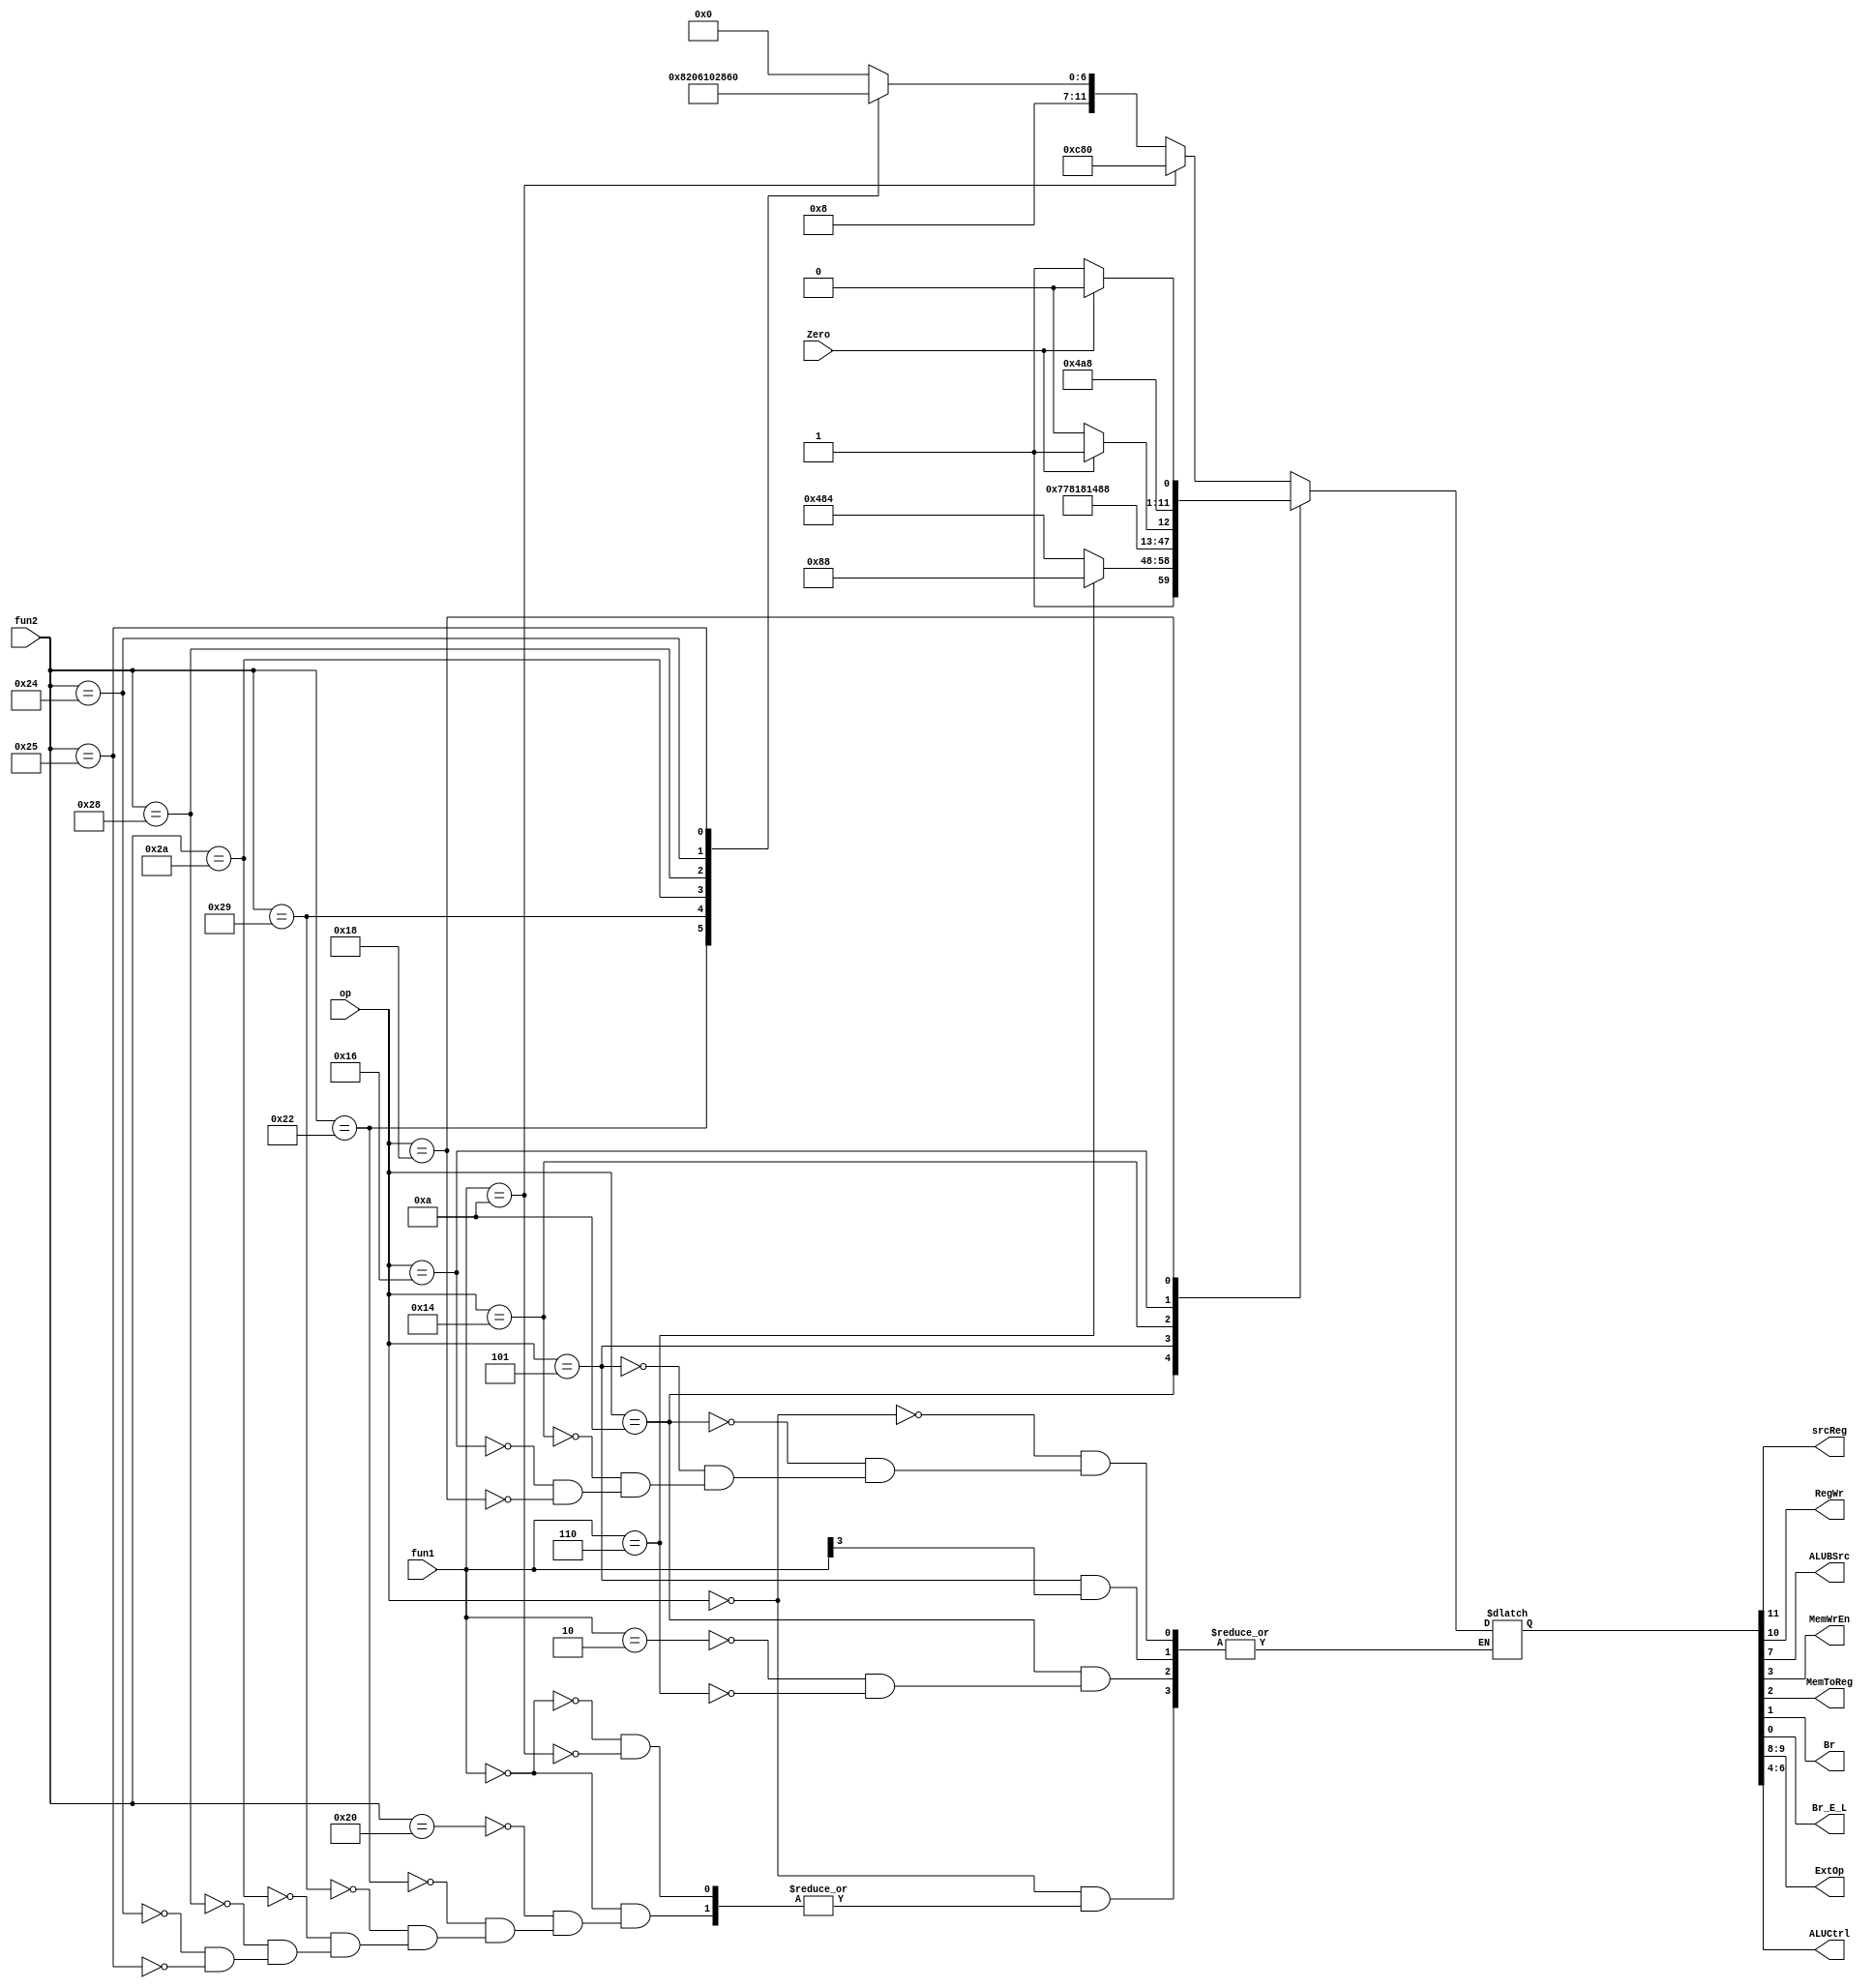
module Control(
    input wire [5:0] op,
    input wire [3:0] fun1,
    input wire [6:0] fun2,
    input wire Zero,
    output wire srcReg,RegWr,ALUBSrc,MemWrEn,MemToReg,Br,Br_E_L,
    output wire [1:0] ExtOp,
    output wire [2:0] ALUCtrl
    );
    reg [11:0] controls;
    assign {srcReg,RegWr,ExtOp,ALUBSrc,ALUCtrl,MemWrEn,MemToReg,Br,Br_E_L} = controls;
    always@(*)
    begin
        case(op)
            6'b000000:begin
                case(fun1)
                    4'b0000:begin
                        case(fun2)
                            7'b0100000: controls <= 12'b010000000000;//add.w 
                            7'b0100010: controls <= 12'b010000010000;//sub.w 
                            7'b0101001: controls <= 12'b010000100000;//and   
                            7'b0101010: controls <= 12'b010000110000;//or    
                            7'b0101000: controls <= 12'b010001000000;//nor   
                            7'b0100100: controls <= 12'b010001010000;//sltu 
                            7'b0100101: controls <= 12'b010001100000;//slt  
                        endcase
                    end
                    4'b1010: controls <= 12'b110010000000;//addi.w 
                endcase
            end
            6'b001010:begin
                case(fun1)
                    4'b0010: controls <= 12'b110010000100;//ld.w
                    4'b0110: controls <= 12'b100010001000;//st.w
                endcase
            end
            6'b000101:begin
                case(fun1[3])
                    1'b0: controls <= 12'b111011110000;//lu.w 
                endcase
            end
            6'b010100: controls <= 12'b00_11_0_000_0010;//b 
            6'b010110:begin
                case(Zero)//Zero Zero1
                    1'b1: controls <= 12'b10_01_00010001;//beq 
                    1'b0: controls <= 12'b10_01_00010000;
                endcase
            end 
            6'b011000: begin
                case(Zero)// Zero0
                    1'b0: controls <= 12'b10_01_01010001;//blt 
                    1'b1: controls <= 12'b10_01_01010000;
                endcase
            end
        endcase
    end
endmodule